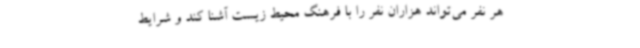
هر نفر می‌تواند هزاران نفر را با فرهنگ محیط زیست آشنا کند و شرایط